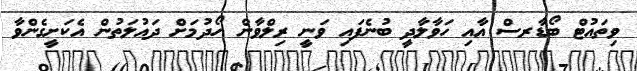
ވިތައުޓް ބޯޑާރސް އާއި ހަވާލާދީ ބުނެފައި ވަނީ ރިލްވާން ހޯދުމަށް ދައުލަތުން އެކަށީގެންވާ